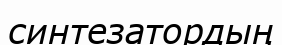
синтезатордың